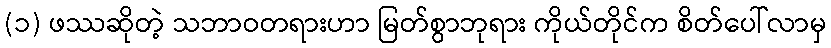
(၁) ဖဿဆိုတဲ့ သဘာဝတရားဟာ မြတ်စွာဘုရား ကိုယ်တိုင်က စိတ်ပေါ်လာမှ